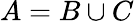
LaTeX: A=B\cup C